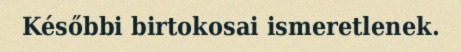
Későbbi birtokosai ismeretlenek.